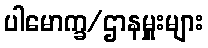
ပါမောက္ခ/ဌာနမှူးများ